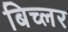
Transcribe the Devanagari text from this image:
बिच्लर